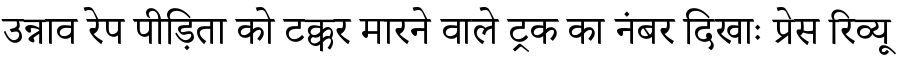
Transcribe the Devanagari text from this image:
उन्नाव रेप पीड़िता को टक्कर मारने वाले ट्रक का नंबर दिखाः प्रेस रिव्यू